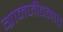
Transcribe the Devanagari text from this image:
ग्रामजीवनात